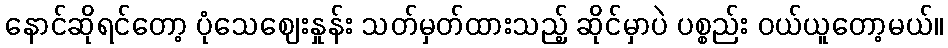
နောင်ဆိုရင်တော့ ပုံသေဈေးနှုန်း သတ်မှတ်ထားသည့် ဆိုင်မှာပဲ ပစ္စည်း ဝယ်ယူတော့မယ်။